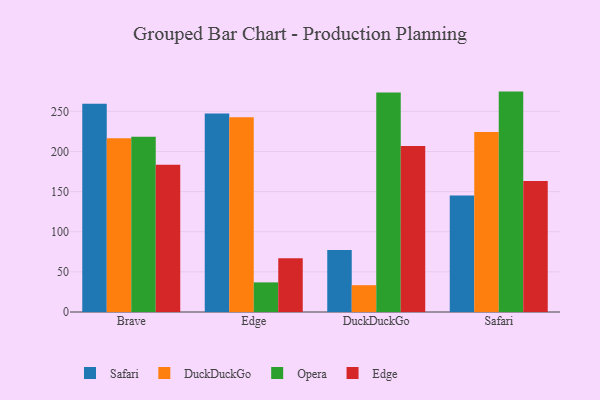
{"axis": {"x": "Browser", "y": "Population (Million)"}, "legend": ["DuckDuckGo", "Edge", "Opera", "Safari"], "data": [{"x": "Brave", "y": 259.5, "type": "Safari"}, {"x": "Brave", "y": 216.6, "type": "DuckDuckGo"}, {"x": "Brave", "y": 218.3, "type": "Opera"}, {"x": "Brave", "y": 183.4, "type": "Edge"}, {"x": "Edge", "y": 247.3, "type": "Safari"}, {"x": "Edge", "y": 242.5, "type": "DuckDuckGo"}, {"x": "Edge", "y": 36.9, "type": "Opera"}, {"x": "Edge", "y": 66.9, "type": "Edge"}, {"x": "DuckDuckGo", "y": 77.4, "type": "Safari"}, {"x": "DuckDuckGo", "y": 33.4, "type": "DuckDuckGo"}, {"x": "DuckDuckGo", "y": 273.5, "type": "Opera"}, {"x": "DuckDuckGo", "y": 206.9, "type": "Edge"}, {"x": "Safari", "y": 145.0, "type": "Safari"}, {"x": "Safari", "y": 224.2, "type": "DuckDuckGo"}, {"x": "Safari", "y": 274.6, "type": "Opera"}, {"x": "Safari", "y": 163.2, "type": "Edge"}]}